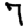
Digit: 7